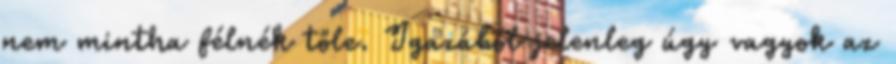
nem mintha félnék tőle. Igazából jelenleg úgy vagyok az